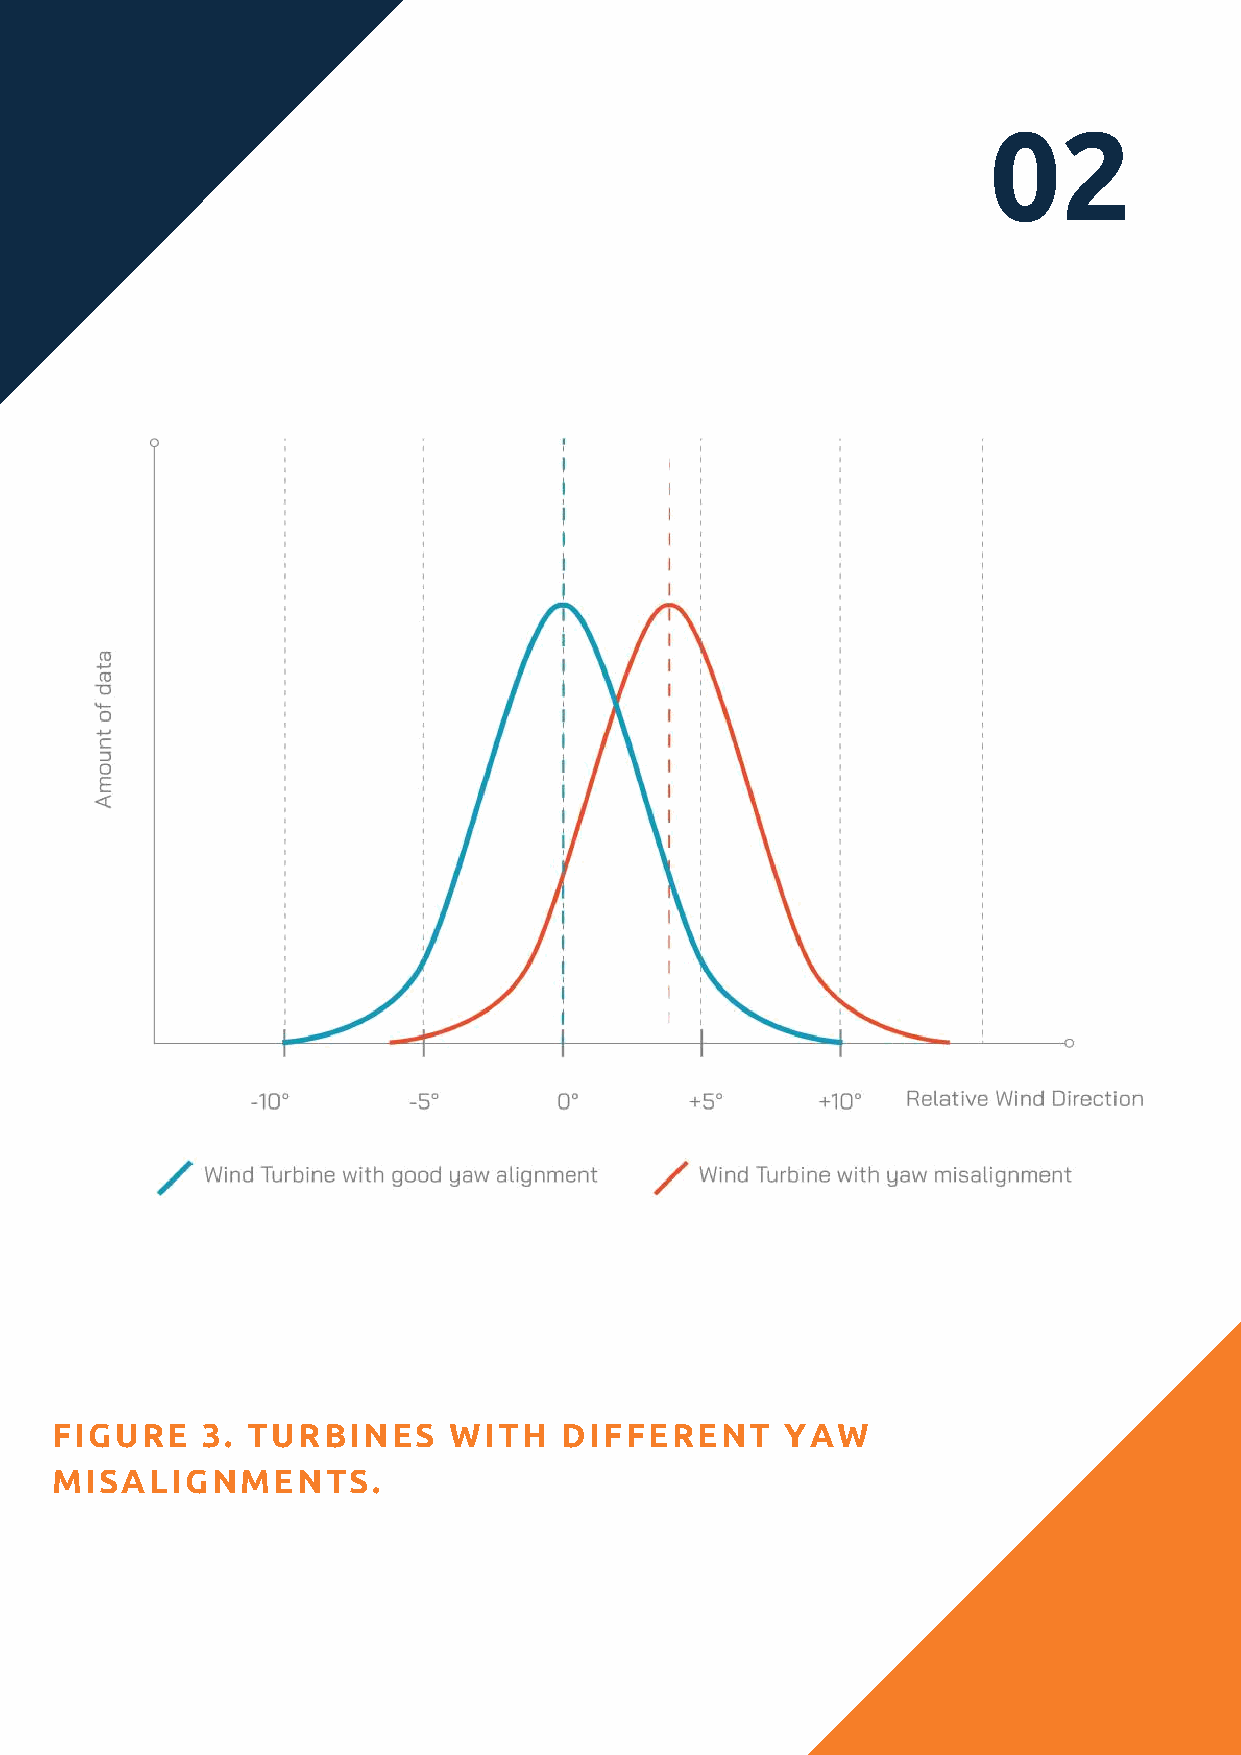
02
 FIGURE    3. TURBINES      WITH   DIFFERENT      YAW
 MISALIGNMENTS.